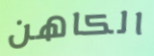
الكاهن